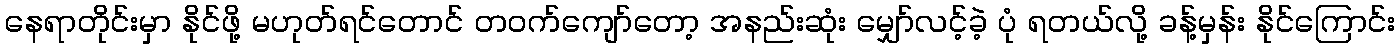
နေရာတိုင်းမှာ နိုင်ဖို့ မဟုတ်ရင်တောင် တဝက်ကျော်တော့ အနည်းဆုံး မျှော်လင့်ခဲ့ ပုံ ရတယ်လို့ ခန့်မှန်း နိုင်ကြောင်း